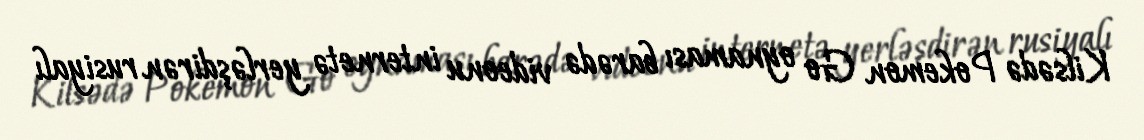
Kilsədə Pokemon Go oynaması barədə videonu internetə yerləşdirən rusiyalı